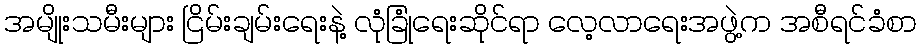
အမျိုးသမီးများ ငြိမ်းချမ်းရေးနဲ့ လုံခြုံရေးဆိုင်ရာ လေ့လာရေးအဖွဲ့က အစီရင်ခံစာ